Language: tamil
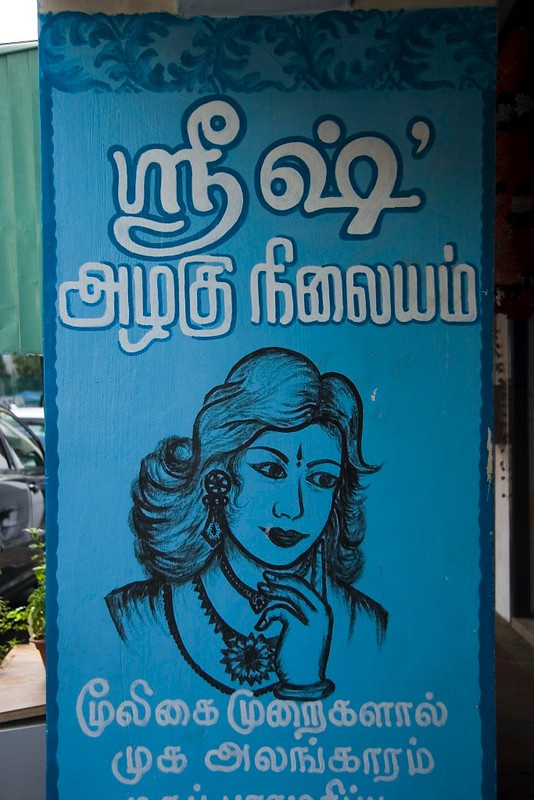
Transcription: நிலையம் அழகு மூலிகை முறைகளால் முக அலங்காரம்